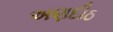
અણદીઠ